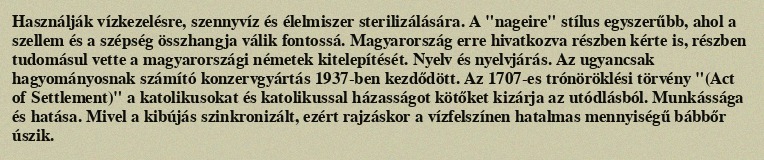
Használják vízkezelésre, szennyvíz és élelmiszer sterilizálására. A "nageire" stílus egyszerűbb, ahol a szellem és a szépség összhangja válik fontossá. Magyarország erre hivatkozva részben kérte is, részben tudomásul vette a magyarországi németek kitelepítését. Nyelv és nyelvjárás. Az ugyancsak hagyományosnak számító konzervgyártás 1937-ben kezdődött. Az 1707-es trónöröklési törvény "(Act of Settlement)" a katolikusokat és katolikussal házasságot kötőket kizárja az utódlásból. Munkássága és hatása. Mivel a kibújás szinkronizált, ezért rajzáskor a vízfelszínen hatalmas mennyiségű bábbőr úszik.